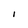
Character: I